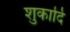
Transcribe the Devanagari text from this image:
शुकादि